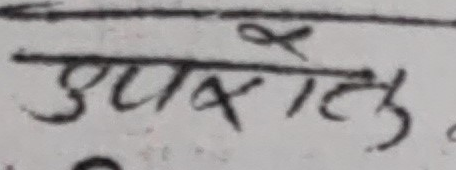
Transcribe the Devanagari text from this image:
उपरान्तु